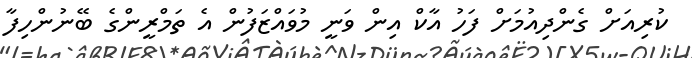
ކުރިއަށް ގެންދިއުމަށް ފަހު އާކް އިން ވަނީ މުވައްޒަފުން އެ ތަމްރީންގެ ބޭނުންހިފާ